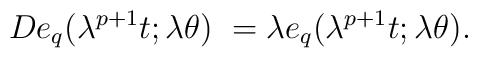
D e_{q}(\lambda^{p+1}t;\lambda \theta)\;        =\lambda e_{q}(\lambda^{p+1}t;\lambda \theta).